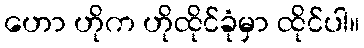
ဟော ဟိုက ဟိုထိုင်ခုံမှာ ထိုင်ပါ။